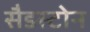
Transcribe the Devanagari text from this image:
सैडस्टोन